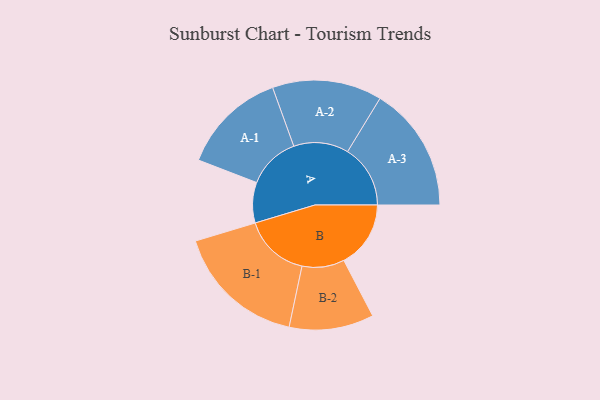
{"axis": {"x": "Segment", "y": "Value"}, "legend": ["", "A", "B"], "data": [{"x": "A", "y": 158, "type": ""}, {"x": "B", "y": 261, "type": ""}, {"x": "A-1", "y": 205, "type": "A"}, {"x": "A-2", "y": 214, "type": "A"}, {"x": "A-3", "y": 245, "type": "A"}, {"x": "B-1", "y": 256, "type": "B"}, {"x": "B-2", "y": 165, "type": "B"}]}